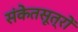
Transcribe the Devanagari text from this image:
संकेतसूत्रों